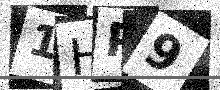
Text: 1HP9